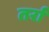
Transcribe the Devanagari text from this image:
तर्रा